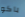
باكو